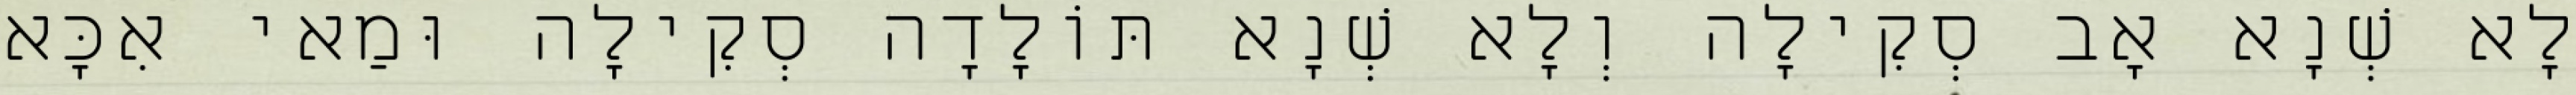
לָא שְׁנָא אָב סְקִילָה וְלָא שְׁנָא תּוֹלָדָה סְקִילָה וּמַאי אִכָּא